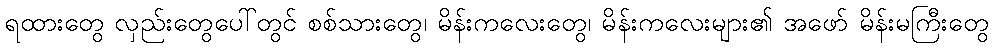
ရထားတွေ လှည်းတွေပေါ်တွင် စစ်သားတွေ၊ မိန်းကလေးတွေ၊ မိန်းကလေးများ၏ အဖော် မိန်းမကြီးတွေ